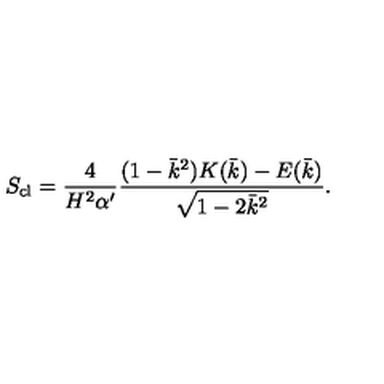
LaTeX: S _ { \mathrm { c l } } = \frac { 4 } { H ^ { 2 } \alpha ^ { \prime } } \frac { ( 1 - \bar { k } ^ { 2 } ) K ( \bar { k } ) - E ( \bar { k } ) } { \sqrt { 1 - 2 \bar { k } ^ { 2 } } } .